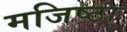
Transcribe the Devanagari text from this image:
मजिष्‍ठा